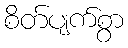
စိတ်ပျက်စွာ